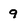
Character: 9